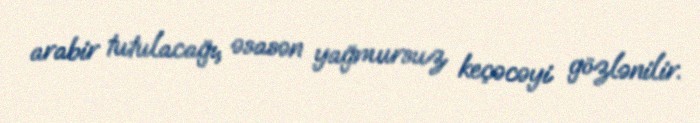
arabir tutulacağı, əsasən yağmursuz keçəcəyi gözlənilir.